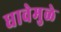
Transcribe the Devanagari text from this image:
धावेमुळे